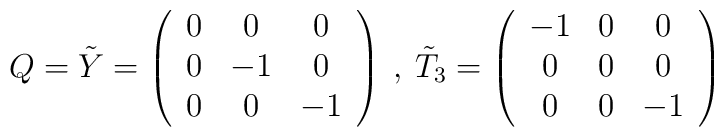
Q=\tilde{Y}=\left(\begin{array}{ccc} 0&0&0\\0&-1&0\\0&0&-1\end{array}\right)\:,\:\tilde{T}_3=\left(\begin{array}{ccc} -1&0&0\\0&0&0\\0&0&-1\end{array}\right)